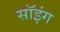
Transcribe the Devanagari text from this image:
सॉइंग